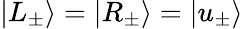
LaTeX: |L_{\pm}\rangle=|R_{\pm}\rangle=|u_{\pm}\rangle